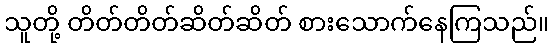
သူတို့ တိတ်တိတ်ဆိတ်ဆိတ် စားသောက်နေကြသည်။